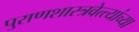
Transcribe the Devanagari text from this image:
पुराणशास्त्रवेत्त्यांच्या